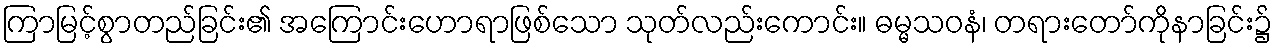
ကြာမြင့်စွာတည်ခြင်း၏ အကြောင်းဟောရာဖြစ်သော သုတ်လည်းကောင်း။ ဓမ္မသဝနံ၊ တရားတော်ကိုနာခြင်း၌